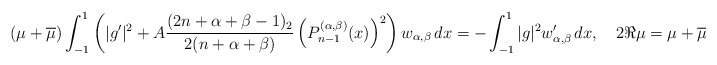
\begin{align*} (\mu+\overline{\mu})\int_{-1}^1 \left(|g'|^2 + A\frac{(2n+\alpha+\beta-1)_2}{2(n+\alpha+\beta)} \left(P_{n-1}^{(\alpha,\beta)}(x)\right)^2 \right)w_{\alpha,\beta}\,dx = - \int_{-1}^1 |g|^2 w'_{\alpha,\beta} \,dx, \quad 2\Re\mu=\mu+\overline{\mu}<0. \end{align*}